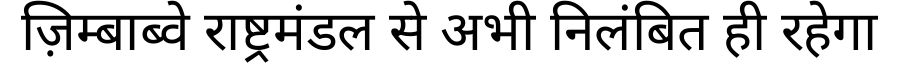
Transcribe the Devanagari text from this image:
ज़िम्बाब्वे राष्ट्रमंडल से अभी निलंबित ही रहेगा